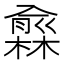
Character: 𠐙